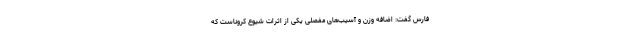
فارس گفت: اضافه وزن و آسیب‌های مفصلی یکی از اثرات شیوع کروناست که